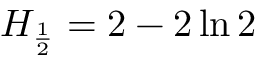
H _ { \frac { 1 } { 2 } } = 2 - 2 \ln { 2 }